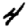
Digit: 4